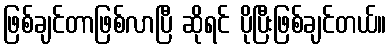
ဖြစ်ချင်တာဖြစ်လာပြီ ဆိုရင် ပိုပြီးဖြစ်ချင်တယ်။